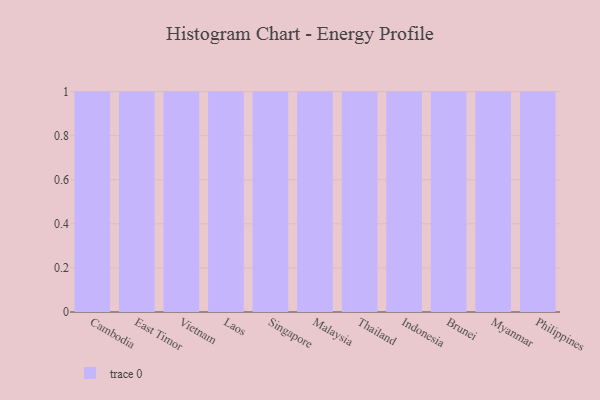
{"axis": {"x": "Country", "y": "Humidity (%)"}, "legend": [""], "data": [{"x": "Cambodia", "y": 2, "type": ""}, {"x": "East Timor", "y": 98, "type": ""}, {"x": "Vietnam", "y": 67, "type": ""}, {"x": "Laos", "y": 7, "type": ""}, {"x": "Singapore", "y": 25, "type": ""}, {"x": "Malaysia", "y": 56, "type": ""}, {"x": "Thailand", "y": 65, "type": ""}, {"x": "Indonesia", "y": 75, "type": ""}, {"x": "Brunei", "y": 91, "type": ""}, {"x": "Myanmar", "y": 82, "type": ""}, {"x": "Philippines", "y": 28, "type": ""}]}